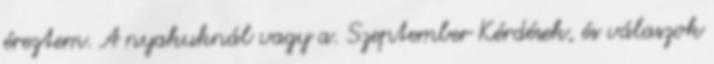
éreztem. A nyakuknál vagy a. Szeptember Kérdések, és válaszok